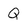
Character: Q